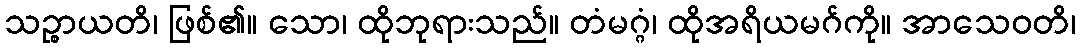
သဉ္စာယတိ၊ ဖြစ်၏။ သော၊ ထိုဘုရားသည်။ တံမဂ္ဂံ၊ ထိုအရိယမဂ်ကို။ အာသေဝတိ၊